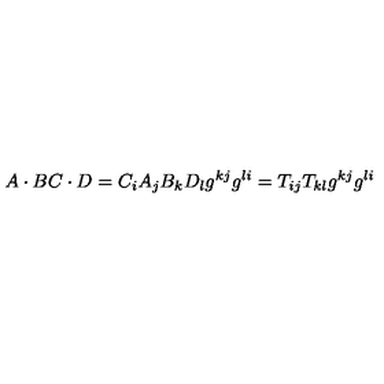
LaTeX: A \cdot B C \cdot D = C _ { i } A _ { j } B _ { k } D _ { l } g ^ { k j } g ^ { l i } = T _ { i j } T _ { k l } g ^ { k j } g ^ { l i }